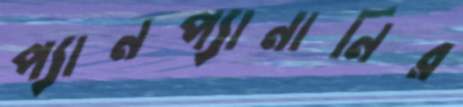
প্যানপ্যানানির